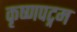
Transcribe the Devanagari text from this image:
कृष्णपट्नम